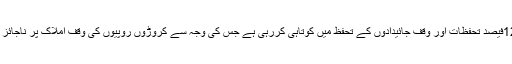
تلنگانہ حکومت مسلمانوں کو 12فیصد تحفظات اور وقف جائیدادوں کے تحفظ میں کوتاہی کررہی ہے جس کی وجہ سے کروڑوں روپیوں کی وقف املاک پر ناجائز قابضین قبضہ کئے ہوئے ہیں ۔